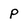
Character: p